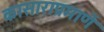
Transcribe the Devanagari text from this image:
कासाराप्रमाणें